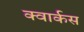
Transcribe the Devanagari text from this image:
क्वार्कस